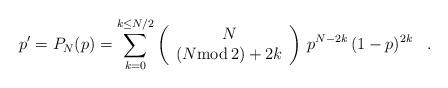
LaTeX: \begin{align*}p'=P_N(p)=\sum_{k=0}^{k\le N/2}\left(\begin{array}{c}N\\(N{\rm mod}\, 2) + 2k\\\end{array}\right)\,p^{N-2k}\,(1-p)^{2k}\,\,\,\,\,.\,\,\,\,\,\end{align*}